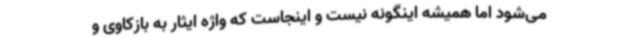
می‌شود اما همیشه اینگونه نیست و اینجاست که واژه ایثار به بازکاوی و